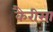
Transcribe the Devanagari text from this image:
कैरीसा